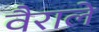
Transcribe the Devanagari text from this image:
वैराले